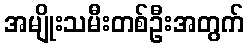
အမျိုးသမီးတစ်ဦးအတွက်